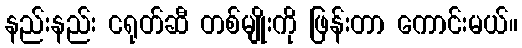
နည်းနည်း ငရုတ်ဆီ တစ်မျိုးကို ဖြန်းတာ ကောင်းမယ်။